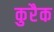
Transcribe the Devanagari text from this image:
कुरैक